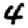
Digit: 4